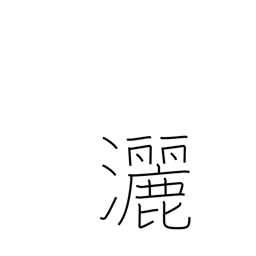
Meaning: free and easy